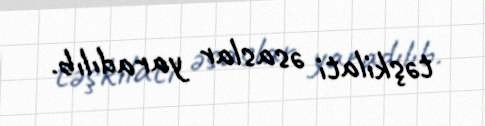
təşkilati əsaslar yaradılıb.